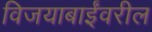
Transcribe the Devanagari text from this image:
विजयाबाईंवरील